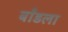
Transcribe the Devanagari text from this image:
बाँडला